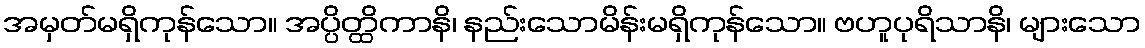
အမှတ်မရှိကုန်သော။ အပ္ပိတ္ထိကာနိ၊ နည်းသောမိန်းမရှိကုန်သော။ ဗဟူပုရိသာနိ၊ များသော